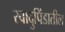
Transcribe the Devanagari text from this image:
स्वादुपिंडातील